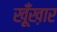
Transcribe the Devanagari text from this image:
ख़ूँख़ार